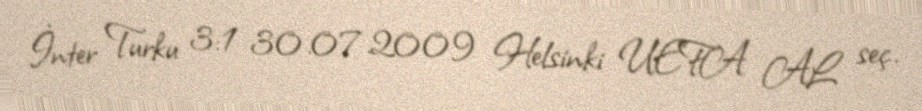
İnter Turku 3:1 30.07.2009 Helsinki UEFA AL seç.